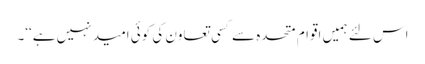
اس لئے ہمیں اقوام متحدہ سے کسی تعاون کی کوئی امید نہیں ہے‘‘۔